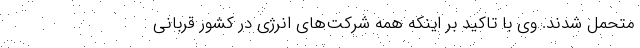
متحمل شدند. وی با تاکید بر اینکه همه شرکت‌های انرژی در کشور قربانی